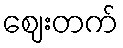
ဈေးတက်